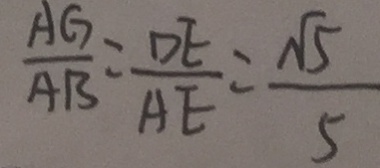
\frac { A G } { A B } = \frac { D E } { A E } = \frac { \sqrt { 5 } } { 5 }